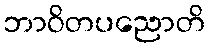
ဘာဝိတပညောတိ